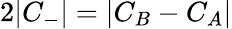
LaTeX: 2|C_{-}|=|C_{B}-C_{A}|